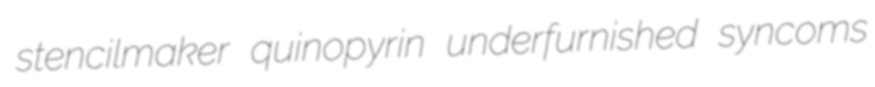
stencilmaker quinopyrin underfurnished syncoms